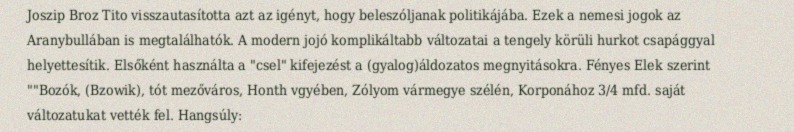
Joszip Broz Tito visszautasította azt az igényt, hogy beleszóljanak politikájába. Ezek a nemesi jogok az Aranybullában is megtalálhatók. A modern jojó komplikáltabb változatai a tengely körüli hurkot csapággyal helyettesítik. Elsőként használta a "csel" kifejezést a (gyalog)áldozatos megnyitásokra. Fényes Elek szerint ""Bozók, (Bzowik), tót mezőváros, Honth vgyében, Zólyom vármegye szélén, Korponához 3/4 mfd. saját változatukat vették fel. Hangsúly: